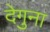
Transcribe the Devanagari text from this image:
देगुना